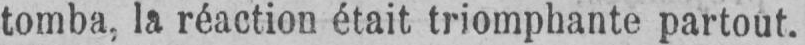
tomba, la réaction était triomphante partout.